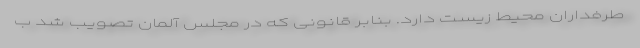
طرفداران محیط زیست دارد. بنابر قانونی که در مجلس آلمان تصویب شد ب